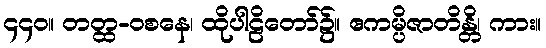
၄၄၀။ တတ္ထ-ဝစနေ၊ ထိုပါဠိတော်၌။ ဧကမ္ပိဇာတိန္တိ၊ ကား။